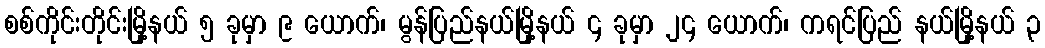
စစ်ကိုင်းတိုင်းမြို့နယ် ၅ ခုမှာ ၉ ယောက်၊ မွန်ပြည်နယ်မြို့နယ် ၄ ခုမှာ ၂၄ ယောက်၊ ကရင်ပြည် နယ်မြို့နယ် ၃